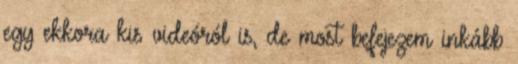
egy ekkora kis videóról is, de most befejezem inkább